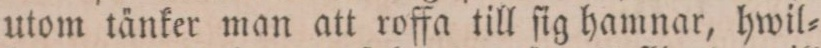
utom tänker man att roffa till ſig hamnar, hwil=